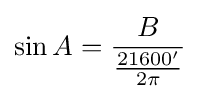
\sin A={\frac {B}{\frac {21600^{\prime }}{2\pi }}}